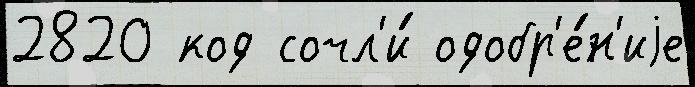
2820 код сочл'и́ одобр'е́н'иjе